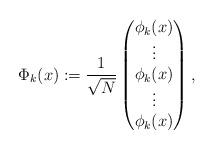
LaTeX: \begin{align*}\Phi_k(x) := \frac{1}{\sqrt{N}} \begin{pmatrix}\phi_{k}(x) \\ \vdots \\ \phi_{k}(x)\\ \vdots \\ \phi_{k}(x)\end{pmatrix} ,\end{align*}